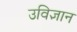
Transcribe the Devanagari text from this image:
उविज्ञान